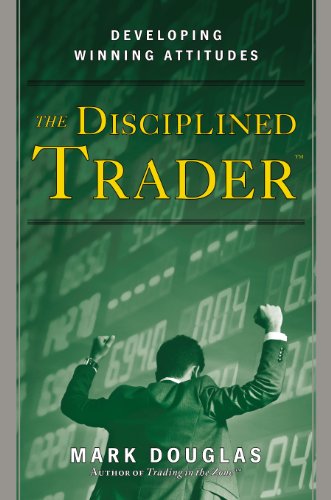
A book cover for The Disciplined Trader: Developing Winning Attitudes; Mark Douglas; Business & Money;